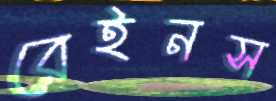
রেইনস